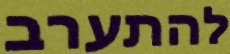
להתערב